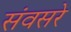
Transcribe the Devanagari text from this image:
संवसरे